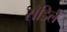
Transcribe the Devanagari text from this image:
सँडिले